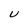
Character: U